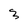
Character: 3